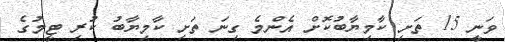
ވަނީ 15 ތަށި ކާމިޔާބުކޮށް އެންމެ ގިނަ ތަށި ކާމިޔާބު ކުރި ޓީމުގެ